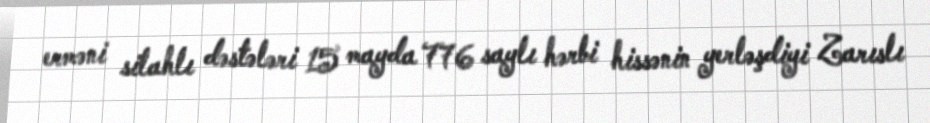
erməni silahlı dəstələri 15 mayda 776 saylı hərbi hissənin yerləşdiyi Zarıslı